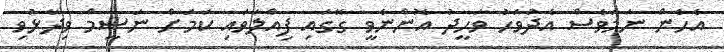
އެހެން ނަމަވެސް އެދުވަހު ވަހީދު އޮންނެވީ ގޭގައި ފިއްލަވައި ކަމަށް ނަސީމް ވިދާޅުވި